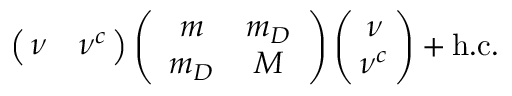
\left( \! \! \begin{array} { c c } { { \nu } } & { { \nu ^ { c } } } \end{array} \! \! \right) \left( \begin{array} { c c } { { m } } & { { m _ { D } } } \\ { { m _ { D } } } & { { M } } \end{array} \right) \left( \! \! \begin{array} { c } { { \nu } } \\ { { \nu ^ { c } } } \end{array} \! \! \right) + \mathrm { h . c . }